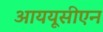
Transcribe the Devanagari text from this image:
आययूसीएन